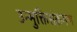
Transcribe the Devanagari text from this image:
उन्मुक्तिसंक्रमण